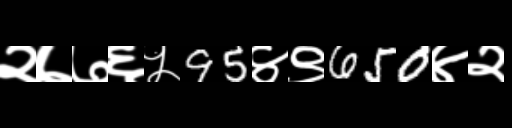
Text: २७७६५95४९650४२